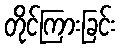
တိုင်ကြားခြင်း